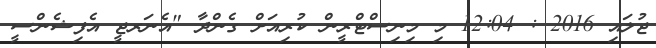
ޖުލައި 2016 : 12:04 މި މިނިސްޓްރީން ކުރިއަށް ގެންދާ "އެނަރޖީ އެފިޝެންސީ